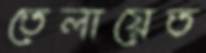
তেলায়েত